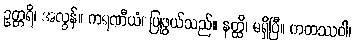
ဥတ္တရိ၊ အလွန်။ ကရဏီယံ၊ ပြုဖွယ်သည်။ နတ္ထိ၊ မရှိပြီ။ ကတဿဝါ၊